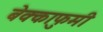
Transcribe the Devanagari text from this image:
बेक्काफुमी